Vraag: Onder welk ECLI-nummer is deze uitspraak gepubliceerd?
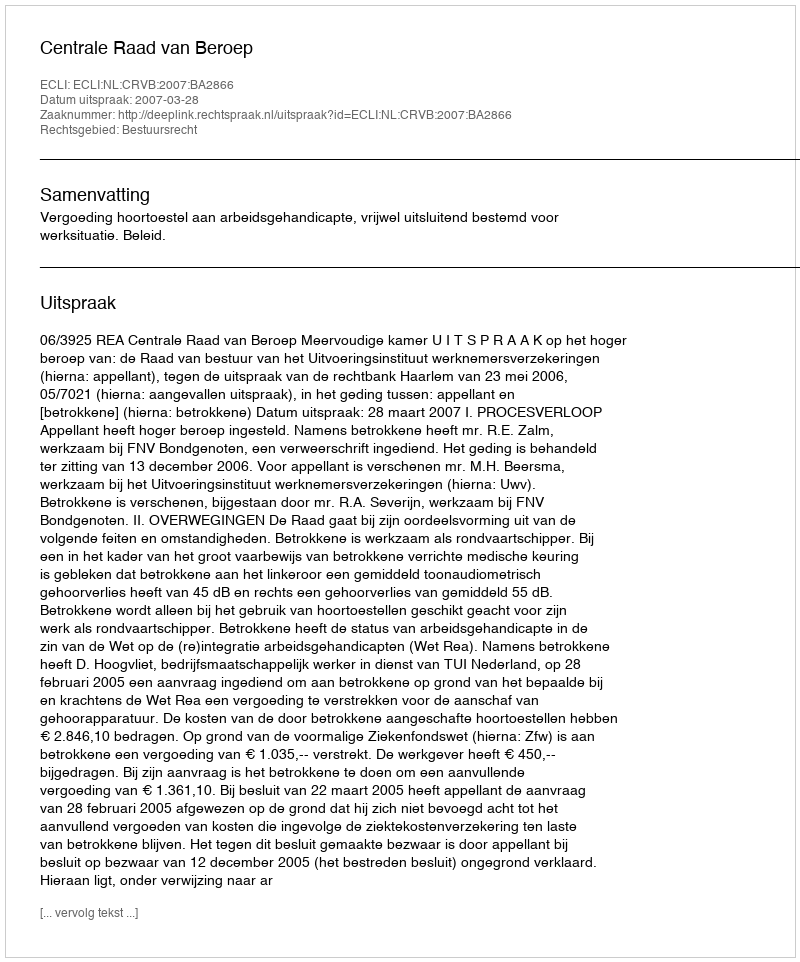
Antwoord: ECLI:NL:CRVB:2007:BA2866